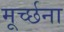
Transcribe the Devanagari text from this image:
मूर्च्छना